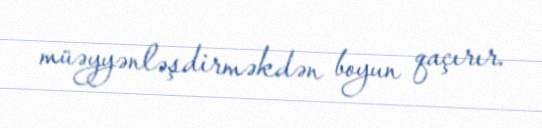
müəyyənləşdirməkdən boyun qaçırır.